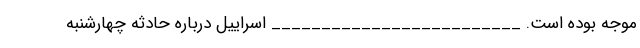
موجه بوده است. _________________________ اسراییل درباره حادثه چهارشنبه